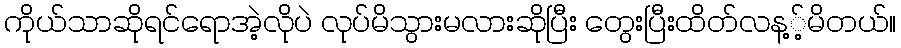
ကိုယ်သာဆိုရင်ရောအဲ့လိုပဲ လုပ်မိသွားမလားဆိုပြီး တွေးပြီးထိတ်လန့့်မိတယ်။